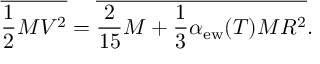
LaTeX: { \overline { { { \frac { 1 } { 2 } M V ^ { 2 } } } } } = { \overline { { { \frac { 2 } { 1 5 } M + \frac { 1 } { 3 } \alpha _ { \mathrm { e w } } ( T ) M R ^ { 2 } } } } } .